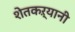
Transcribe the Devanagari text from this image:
शेतकऱ्यानी